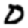
Digit: 0